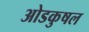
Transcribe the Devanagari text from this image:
ओडकुषल